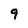
Character: 9